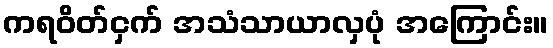
ကရဝိတ်ငှက် အသံသာယာလှပုံ အကြောင်း။